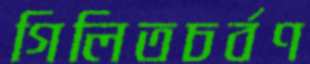
গিলিতচর্বণ